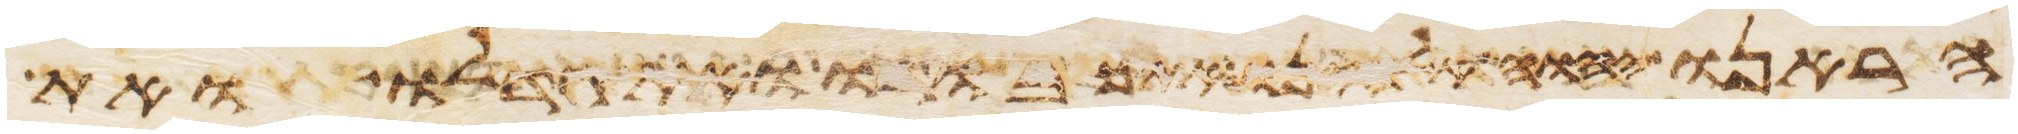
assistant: הראנו יהוה אלהינו את כבודו ואת גדלו ואת